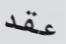
عقد